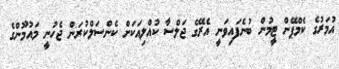
އުމަރުގެ ކެމްޕޭން ޓީމުން ބުނެފައިވަނީ އެރޭގެ ޖަލްސާ ކުއްލިއަކަށް ކެންސަލްކުރަން ޖެހުނީ މައުމޫންގެ